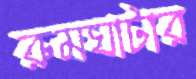
রুমঘাটার